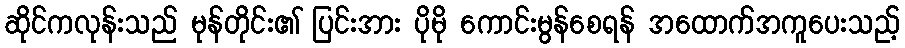
ဆိုင်ကလုန်းသည် မုန်တိုင်း၏ ပြင်းအား ပိုမို ကောင်းမွန်စေရန် အထောက်အကူပေးသည့်